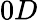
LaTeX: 0D